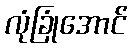
လုံခြုံအောင်